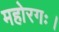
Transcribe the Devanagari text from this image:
महोरगः।